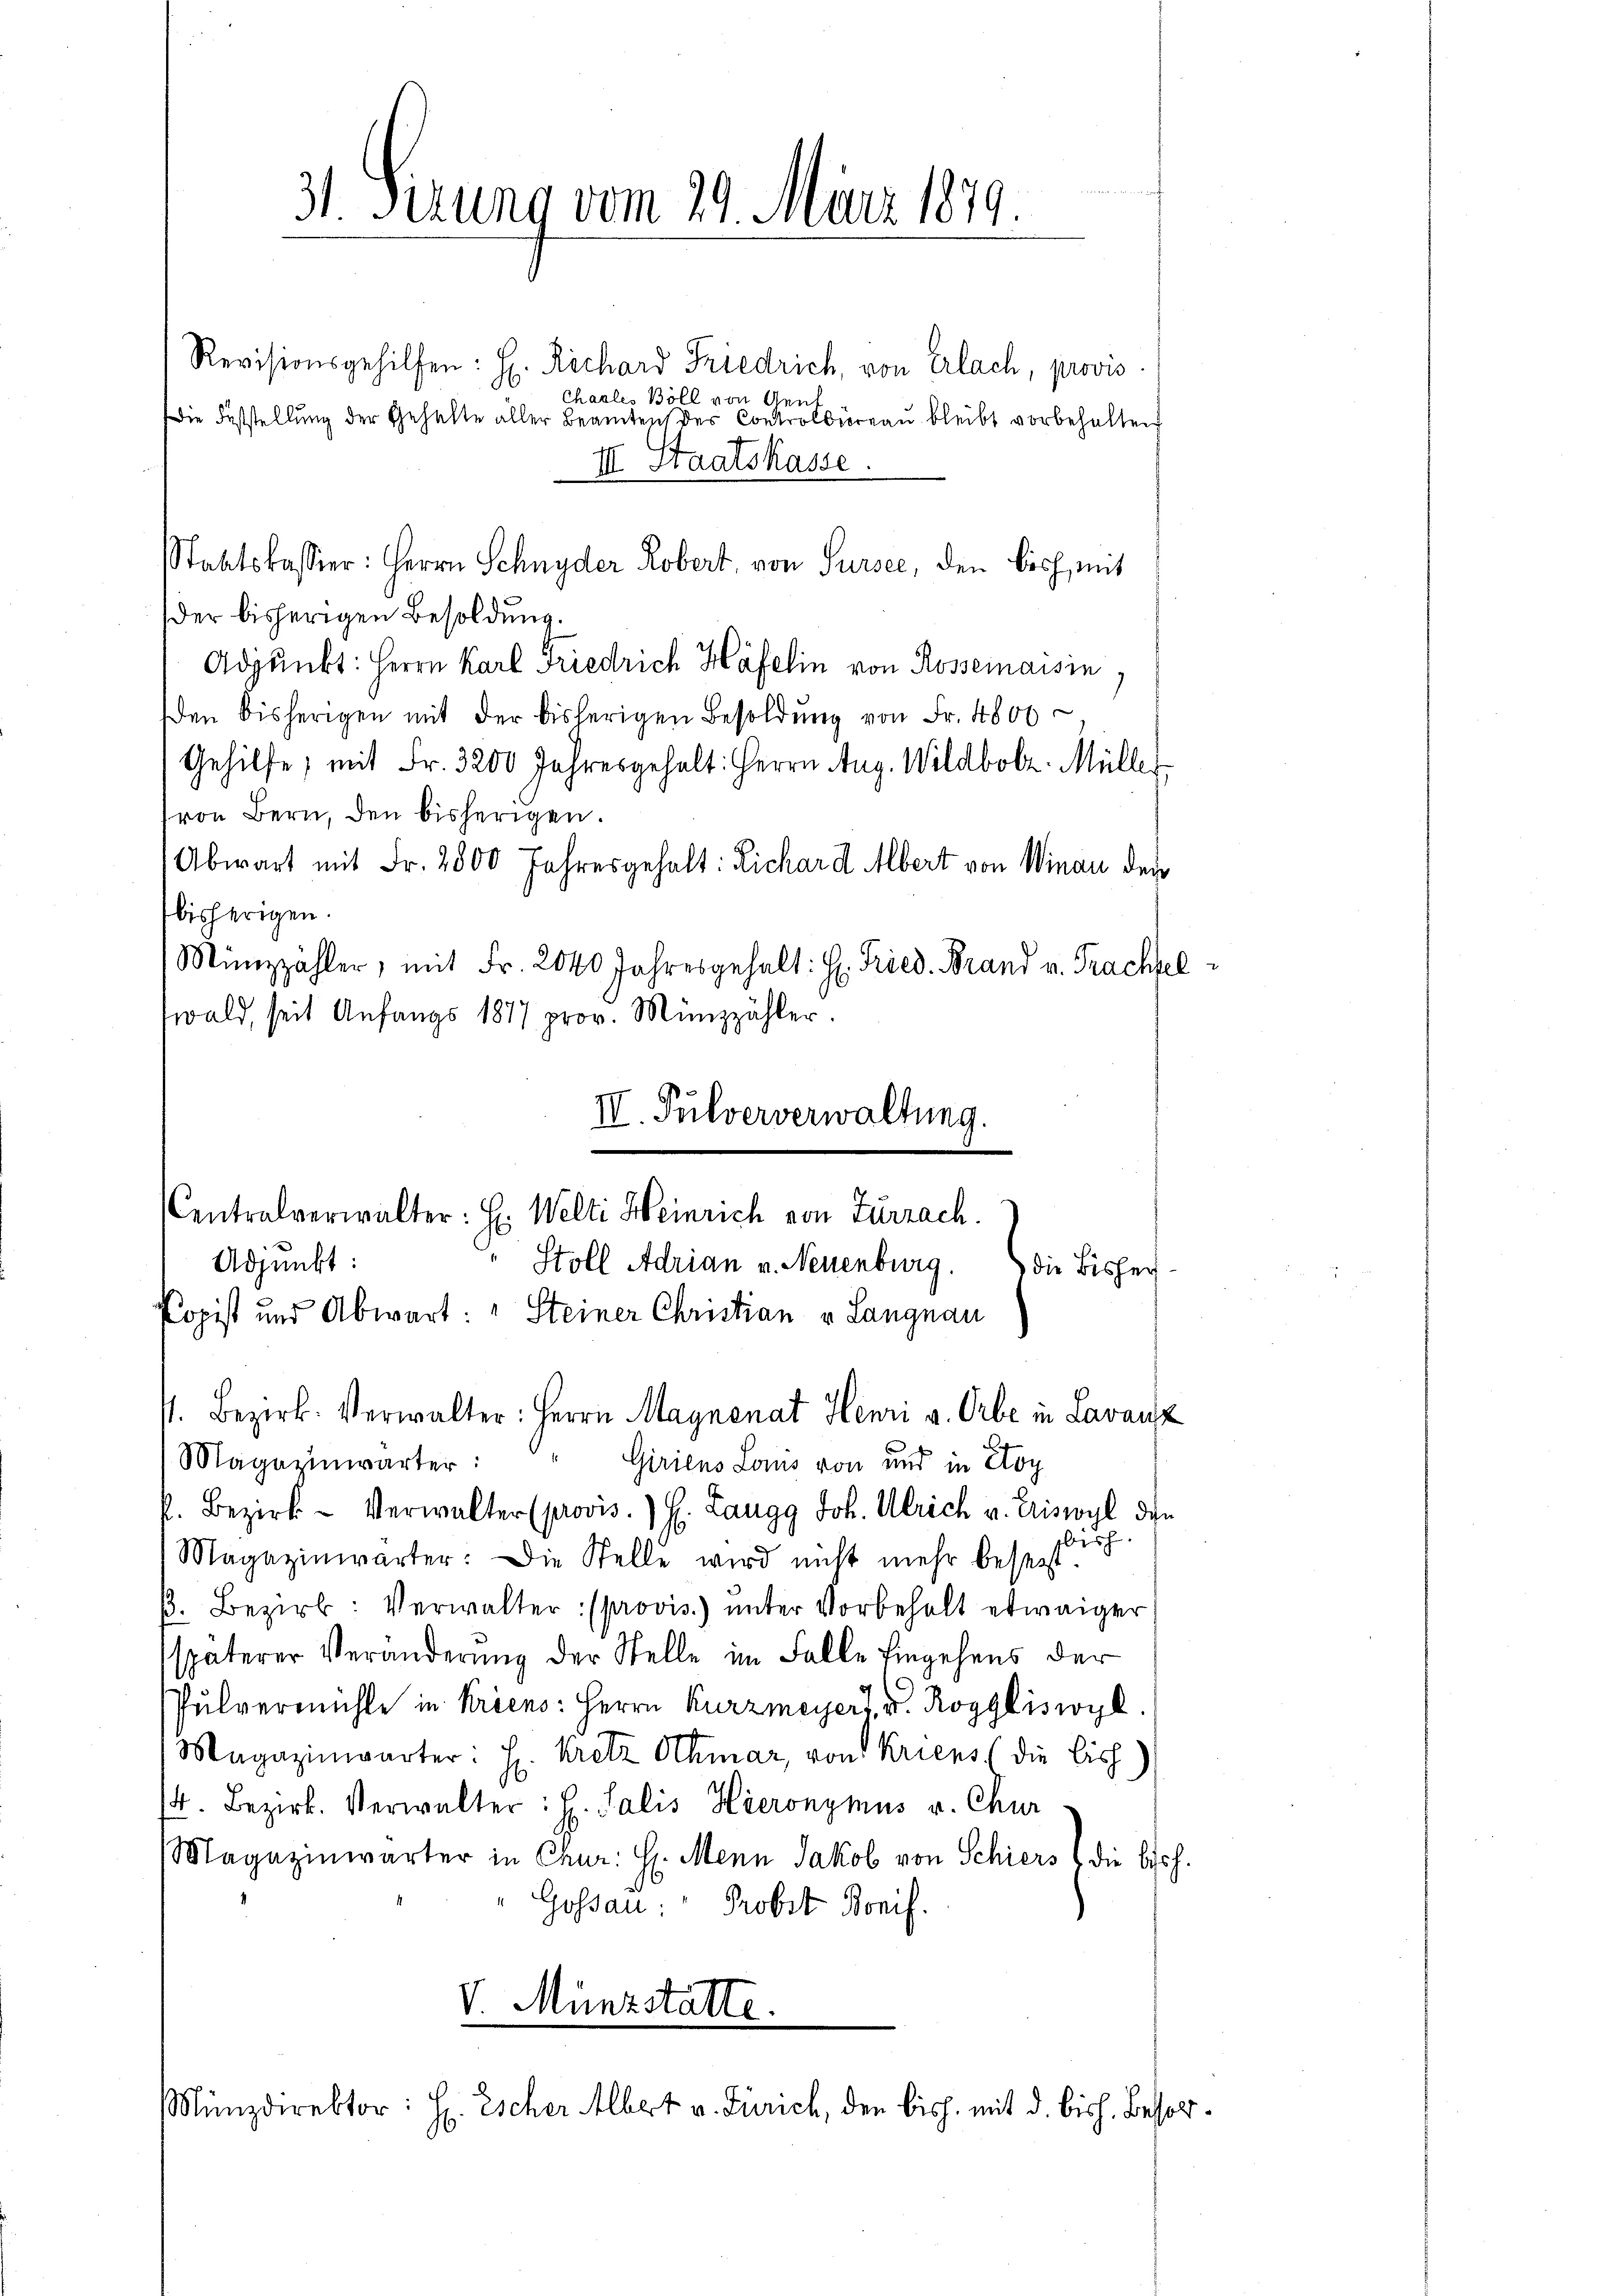
3t Serung vom 29. März 1879.

Revisionsgehilfen: H. Richard Friedrich, von Erlach, provis
Chaales Böll von Aeuf
die Feststellung der Gehalte aller Beamten des Controlbureau bleibt vorbehalten
III. Staatskasse.
Staatskassier: Herrn Schnyder Robert, von Sursee, den bisch, mit
der bisherigen Besoldung.
Adjunkt: Herrn Karl Friedrich Häfelin von Rossemaisin,
den bisherigen mit der bisherigen Besoldŭng von Fr. 4800
Gehilfe, mit Fr. 3200 Jahresgehalt: Herrn Aug. Wildbolz. Müller
von Bern, den bisherigen.
Abwart mit Fr. 2800 Jahresgehalt: Lichard Albert von Winau der
bisherigen.
Münzzähler, mit Fr. 2040 Jahresgehalt: H. Fried. Brand v. Prachfel
wald, seit Anfangs 1877 prov. Münzzähler.
Adjunkt:
Popist und Abwart: „Steiner Christian v. Langnau
P. Bezirk. Verwalter: Herrn Maynenat Henri a. Orbe in Lavanz
Magazinwärter:
Giriens Loms von und in Kop
f. Bezirk - Verwalter (provis. E. Langg Joh. Ulrich v. Eriswyl die
bische
Magazinwärter: Die Stelle wird nicht mehr besest.
β. Bezirk: Verwalter: (provis.) unter Vorbehalt etwaiger
späterer Veränderung der Stelle im Falle Eingehens der
Pulvermühle in Kriens: Herrn Kurzmeyer, v. Roggliswyl
Magazinwärter: H. Kretz Othmar, von Kriens (die bish
.
/4. Bezirk. Verwalter: H. Salis Hieronymus v. Chur
Magazinwärter in Chur: H. Mein Jakob von Schiers die bish
"Gossau: " Probst Bonif.

IV. Pulververwaltung.
Centralverwalter: H: Welti Heinrich von Zurzach.
Stoll Adrian v. Neuenburg.
) die Bisher

V. Münzstatte.
Münzdirektor: L. Escher Albert v. Zürich, den bish. mit d. bish. Besor¬
96

1